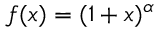
f ( x ) = ( 1 + x ) ^ { \alpha }